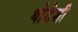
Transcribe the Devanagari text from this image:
थोडेशी